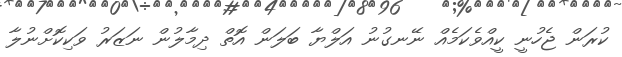
ކުރަން ޖެހުނީ ކީއްވެކަމެއް ނޭނގުނު އަލްޔާ ބަލަން އޮތް ދިމާލުން ނަޒަރު ވަކިކޮށްނުލާ